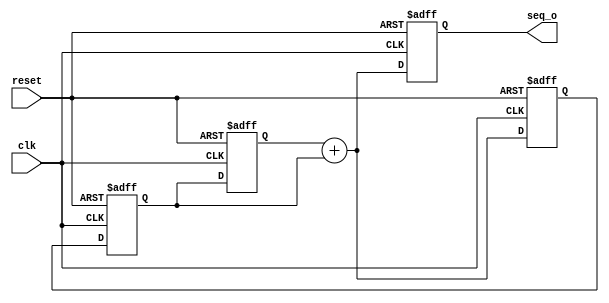
`timescale 1ns / 1ps
//////////////////////////////////////////////////////////////////////////////////
// Company: 
// Engineer: 
// 
// Design Name: 
// Module Name: sequence_generator
// Project Name: 
// Target Devices: 
// Tool Versions: 
// Description: 
// 
// Dependencies: 
// 
// Revision:
// Revision 0.01 - File Created
// Additional Comments:
// 
//////////////////////////////////////////////////////////////////////////////////


module sequence_generator(
    input reset, clk,
    output [15:0] seq_o // sequence output on every cycle
    );

    reg [15:0] seq_output; // for assignment statement
    reg [15:0] num1, num2, num3;

    initial begin
        seq_output <= 16'b0;
        num1 <= 16'b0;
        num2 <= 16'b1;
        num3 <= 16'b1;
    end

    always @(posedge clk or posedge reset) begin
        if (reset) begin
            seq_output <= 16'b0;
            num1 <= 16'b0;
            num2 <= 16'b1;
            num3 <= 16'b1;
        end else begin
            seq_output <= num1 + num2;
            num1 <= num2;
            num2 <= num3;
            num3 <= num1 + num2;
        end
    end

    assign seq_o = seq_output;

endmodule